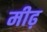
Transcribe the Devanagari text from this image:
मीढ़